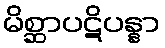
မိစ္ဆာပဋိပန္နာ